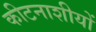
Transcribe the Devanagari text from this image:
कीटनाशीयों